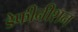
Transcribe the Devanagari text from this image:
डेफीनीशन